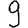
Digit: 9